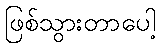
ဖြစ်သွားတာပေါ့